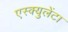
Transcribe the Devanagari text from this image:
एस्क्युलेंटा